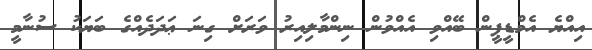
އިއްޔެ އެމްޑީޕީން ބޭއްވި އެއްވުން ނިންމާލިއިރު ވަރަށް ގިނަ ޢަދަދެއްގެ ބަޔަކު ސުނާމީ